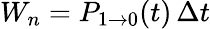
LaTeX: W_{n}=P_{1\rightarrow 0}(t)\, \Delta t